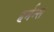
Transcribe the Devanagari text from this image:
हर्मन्स